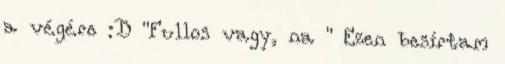
a végére :D "Fullos vagy, na " Ezen besírtam